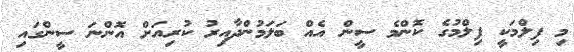
މި ފިލްމަކީ ފިލްމުގެ ކޮންމެ ސީން އެއް ބަލަމުންދާއިރު ކުރިއަށް އޮންނަ ސީންގައި